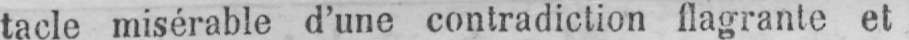
tacle misérable d’une contradiction flagrante et